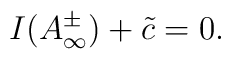
I(A^{\pm}_{\infty} ) + \tilde{c} = 0 .